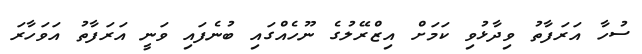
ސުހާ އަރަފާތު ވިދާޅުވި ކަމަށް އިޒްްރޭލުގެ ނޫހެއްގައި ބުނެފައި ވަނީ އަރަފާތު އަވަހާރަ